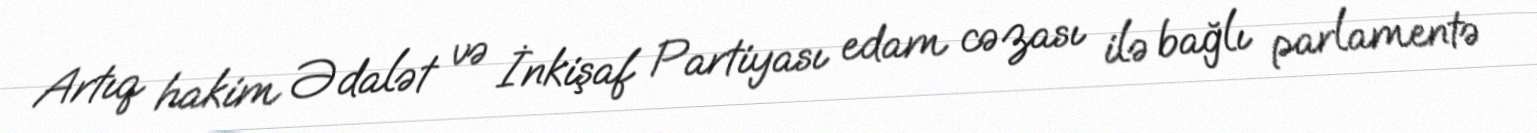
Artıq hakim Ədalət və İnkişaf Partiyası edam cəzası ilə bağlı parlamentə